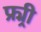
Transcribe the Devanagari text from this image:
फ्र्र्र्री